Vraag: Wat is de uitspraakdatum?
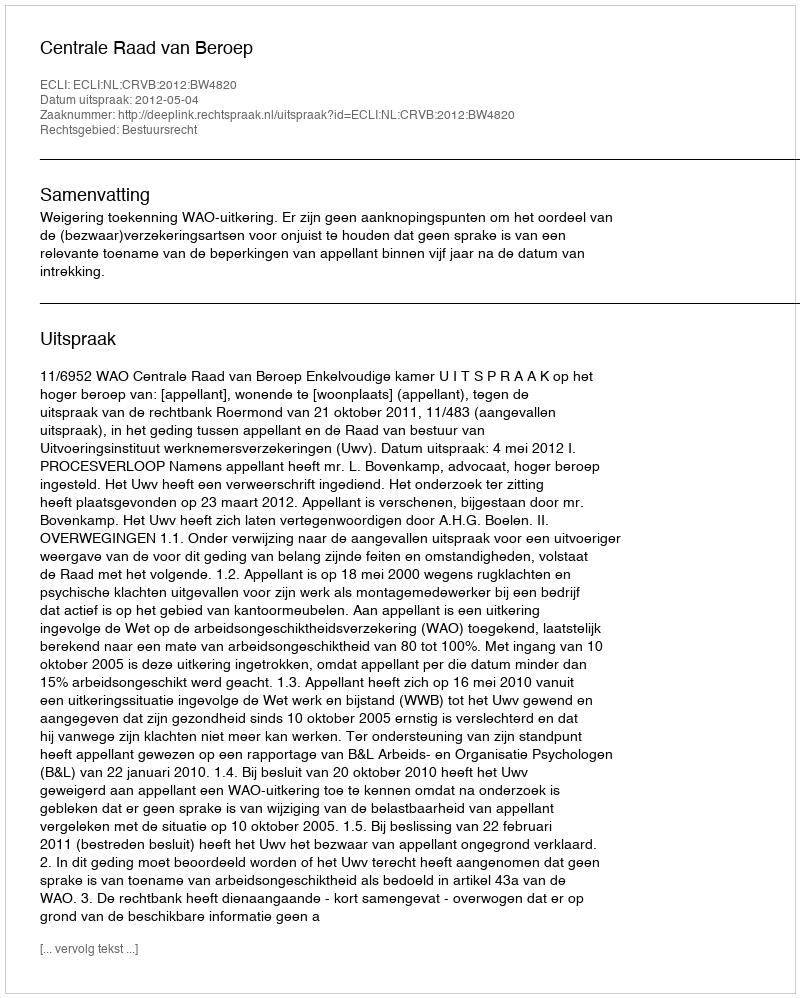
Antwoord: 2012-05-04